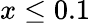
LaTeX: x\leq 0.1